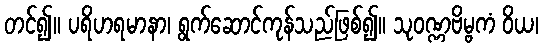
တင်၍။ ပရိဟရမာနာ၊ ရွက်ဆောင်ကုန်သည်ဖြစ်၍။ သုဝဏ္ဏဗိမ္ဗကံ ဝိယ၊